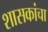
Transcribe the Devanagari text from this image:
शासकांचा